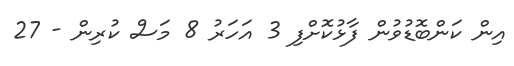
އިން ކަންބޮޑުވުން ފާޅުކޮށްފި 3 އަހަރު 8 މަސް ކުރިން - 27